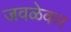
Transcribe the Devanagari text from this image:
जवळेकर